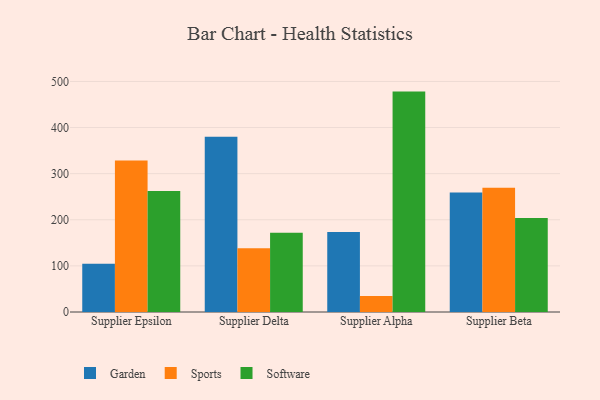
{"axis": {"x": "Supplier", "y": "Backlog"}, "legend": ["Garden", "Software", "Sports"], "data": [{"x": "Supplier Epsilon", "y": 104.7, "type": "Garden"}, {"x": "Supplier Epsilon", "y": 328.5, "type": "Sports"}, {"x": "Supplier Epsilon", "y": 262.6, "type": "Software"}, {"x": "Supplier Delta", "y": 380.0, "type": "Garden"}, {"x": "Supplier Delta", "y": 138.1, "type": "Sports"}, {"x": "Supplier Delta", "y": 172.0, "type": "Software"}, {"x": "Supplier Alpha", "y": 173.6, "type": "Garden"}, {"x": "Supplier Alpha", "y": 34.7, "type": "Sports"}, {"x": "Supplier Alpha", "y": 478.0, "type": "Software"}, {"x": "Supplier Beta", "y": 258.9, "type": "Garden"}, {"x": "Supplier Beta", "y": 269.7, "type": "Sports"}, {"x": "Supplier Beta", "y": 204.0, "type": "Software"}]}